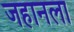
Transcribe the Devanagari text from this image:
जहानला